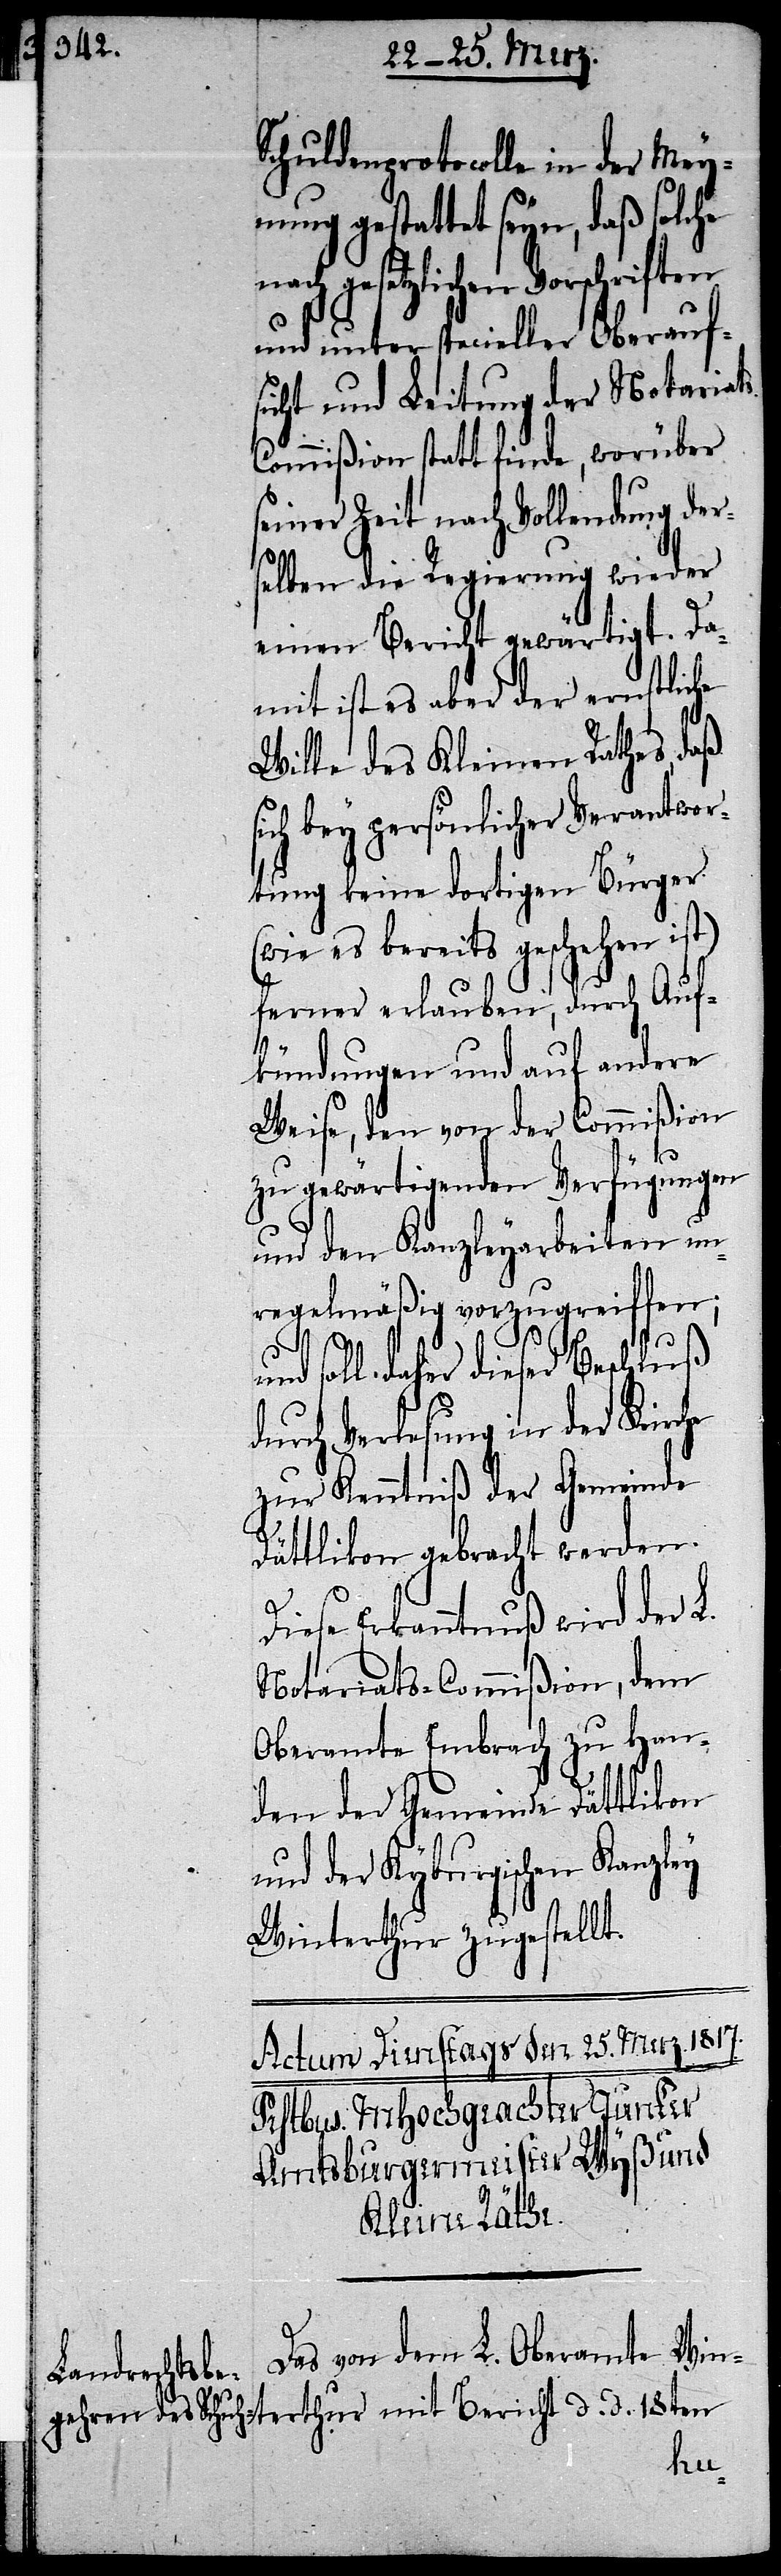
s-C¬

Schuldenprotocolle in der Meynu¬
ng gestattet seyn, daß solc¬
nach gesetzlichen Vorschriften
und unter specieller Oberauf¬
sicht und Leitung der Notariat¬
ommißion statt finde, worüber
seiner Zeit nach Vollendung der¬
selben die Regierung wieder
einen Bericht gewärtigt. Da¬
mit ist es aber der ernstliche
Wille des Kleinen Rathes, daß
sich bey persönlicher Verantwor¬
tung keine dortigen Bürger
(wie es bereits geschehen ist)
ferner erlauben, durch Auf¬
kündungen und auf andere
Weise, den von der Commißion
zu gewärtigenden Verfügungen
und den Kanzleyarbeiten un¬
regelmäßig vorzugreiffen;
d.
nd soll daher dieser Beschluß
durch Verlesung in der Kirche
zur Kenntniß der Gemeinde
Dättlikon gebracht werden.
Diese Erkanntnuß wird der L.
Notariats-Commißion, dem
Oberamte Embrach zu Han¬
den der Gemeinde Dättlikon
und der Kyburgischen Kanzley
Winterthur zugestellt.
Das von dem L. Oberamte Win¬
hur